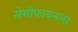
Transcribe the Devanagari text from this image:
सेमीफायनल्स